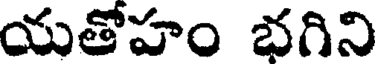
యతోహం భగిని